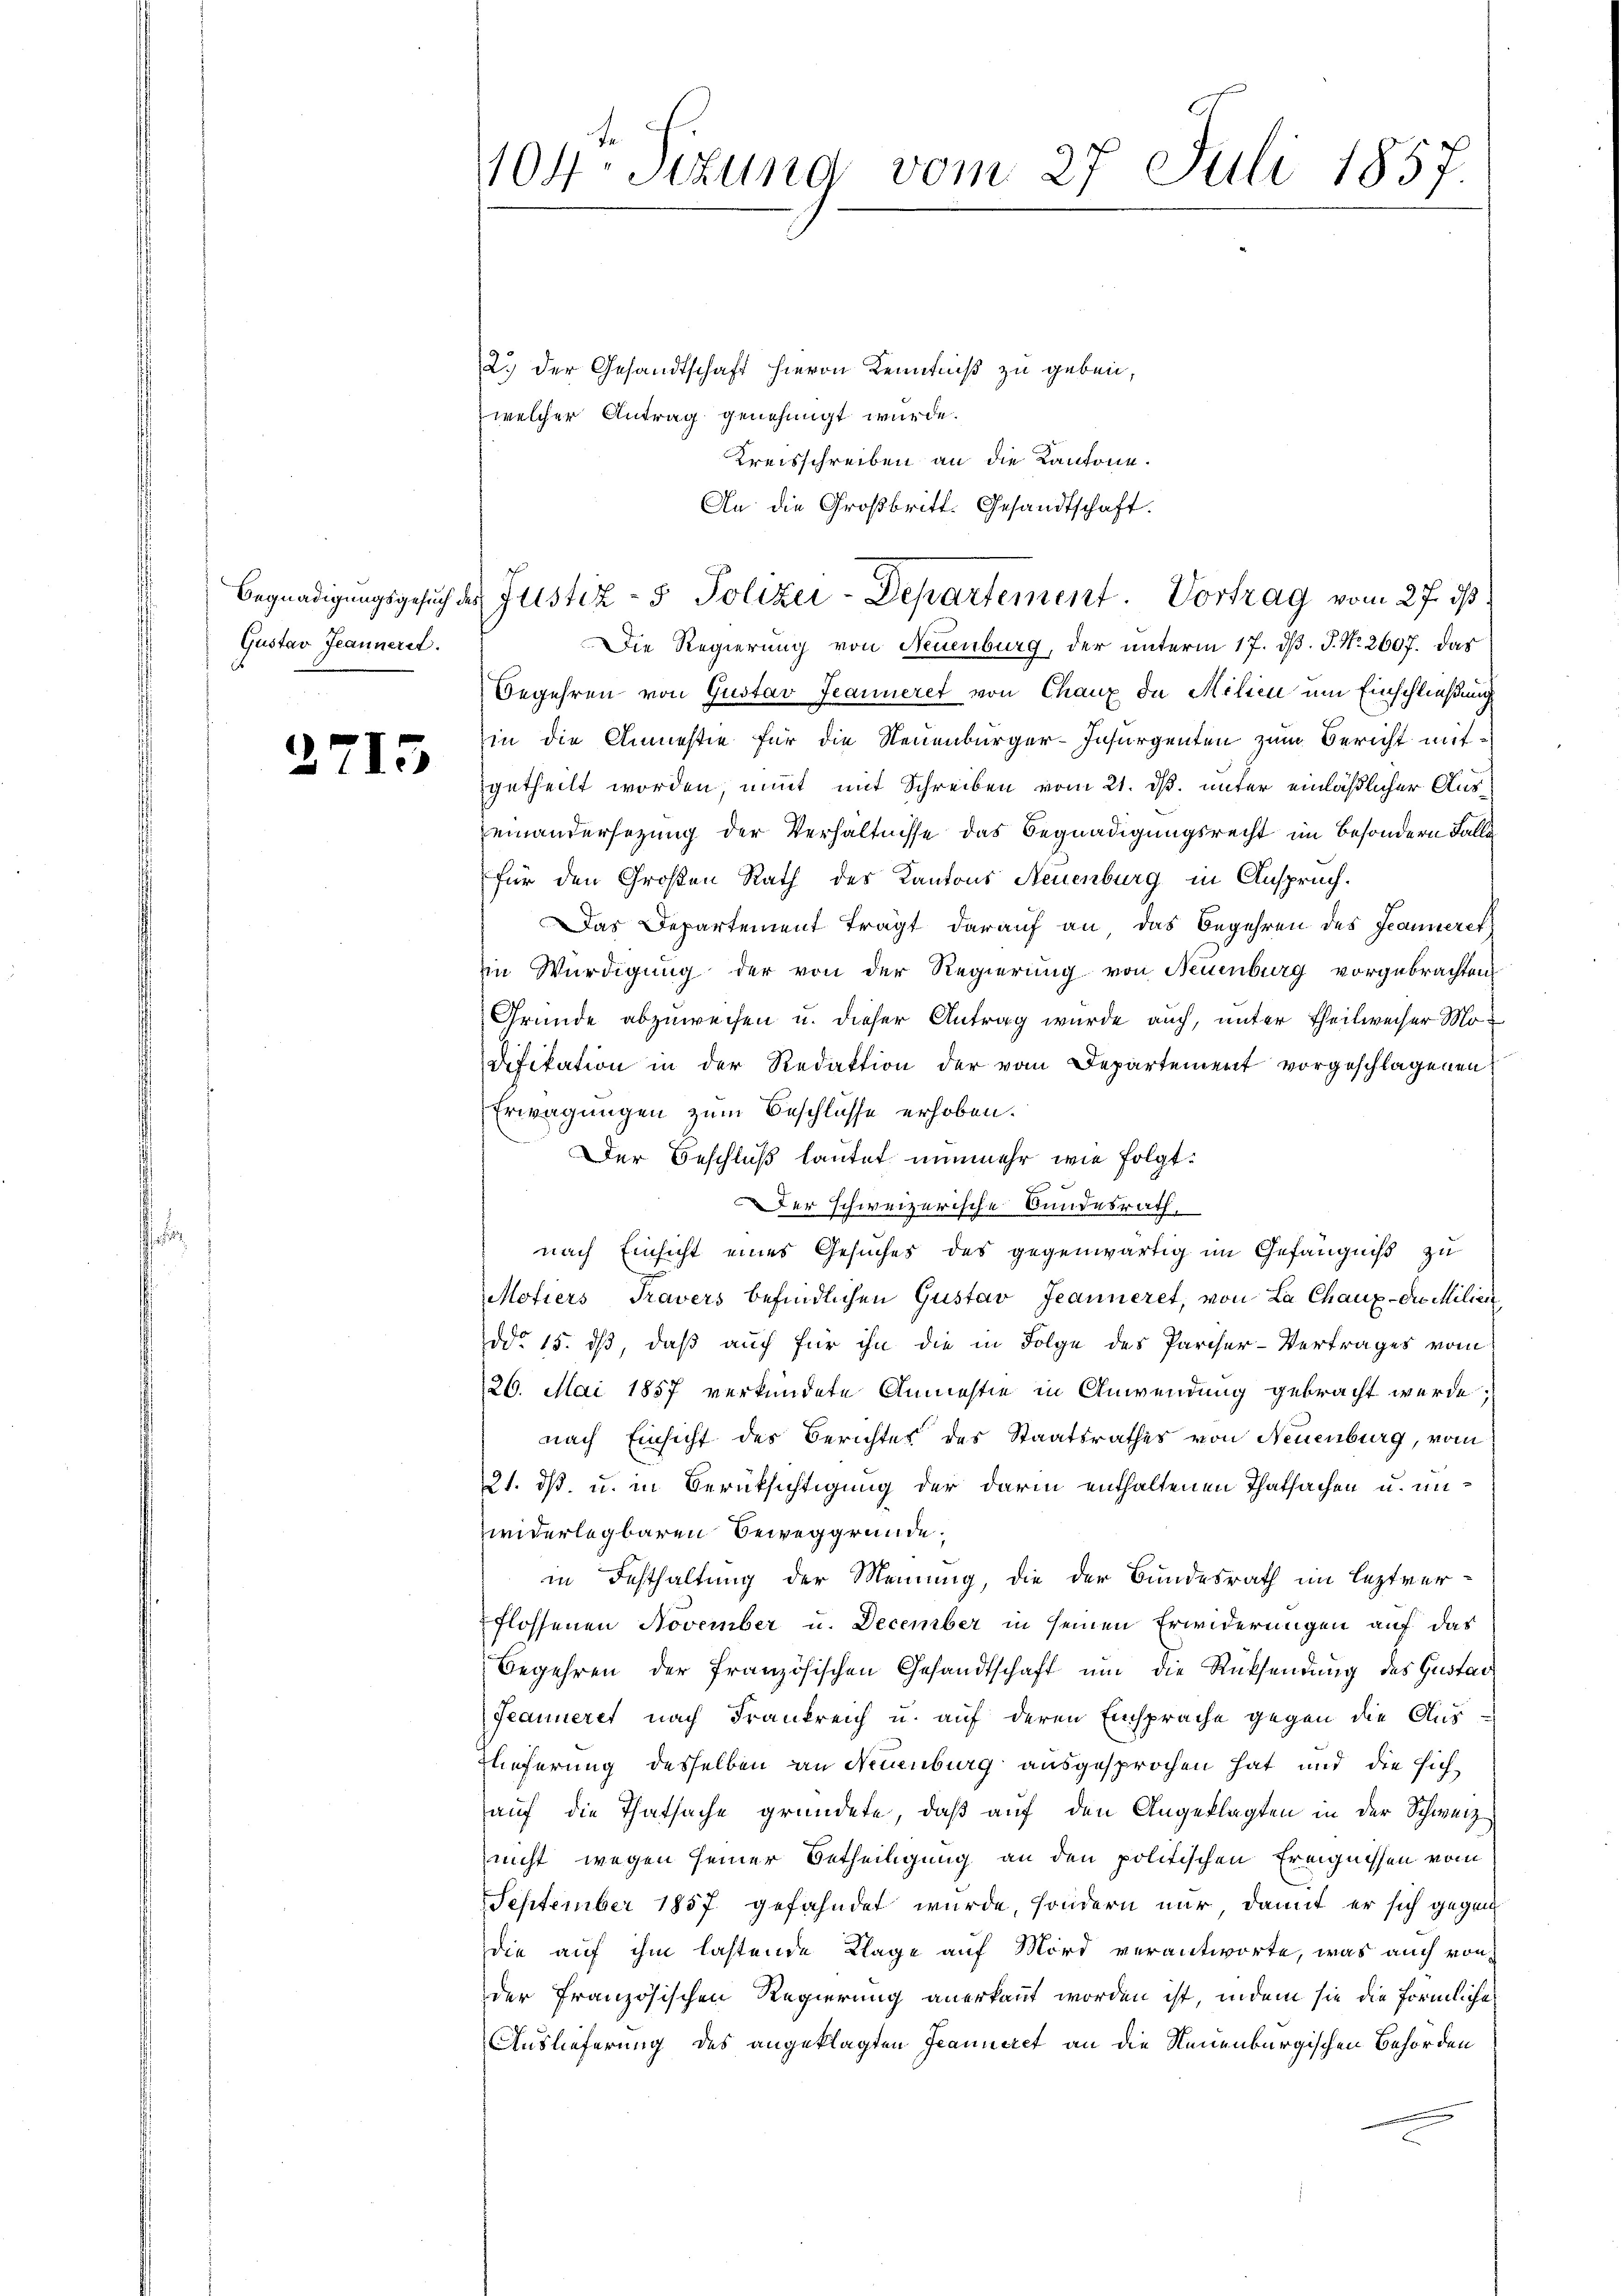
Gustav Jeannerel.

2

15

104: Sizung vom 27. Juli 1857.

2.) Der Gesandtschaft hievon Kenntniß zu geben,
welcher Antrag genehmigt wurde.
Kreisschreiben an die Kantone.
An die Großbritt. Gesandtschaft.

Begnadigungsgesuch des Justiz- & Polizei-Departement. Vortrag vom 27. ds

Die Regierung von Neuenburg, der unterm 17. d. J. No. 2607. Das
Begehren von Gustav Jeanneret von Chaux de Milien um Einschließung
in die Amnestie für die Neuenburger-Insurgenten zum Bericht mitgetheilt worden, nimmt mit Schreiben vom 21. dß. unter einläßlicher Auseinandersezung der Verhältnisse das Begnadigungsrecht im Besondern Falle
für den Großen Rath des Kantons Neuenburg in Anspruch.
Das Departement tragt darauf an, das Begehren des Jeanneret
iin Würdigung der von der Regierung von Neuenburg vorgebrachten
Gründe abzuweisen u. dieser Antrag wurde auch, unter Theilweiser Mo¬
Difikation in der Redaktion der vom Departement vorgeschlagenen
Erwägungen zum Beschlüsse erhoben.
Der Beschluß lautet nunmehr wie folgt:
er schweizerische Bundesrath,
nach Einsicht eines Gesuches des gegenwärtig im Gefängniß zu
Motiers Travers befindlichen Gustav Jeanneret, von La Chaux-die Milien,
ddo 15. ds, daß auch für ihn die in Folge des Pariser-Vertrages vom
26. Mai 1857 verkündete Anmastie in Anwendung gebracht werde;
nach Einsicht des Berichtes des Staatsrathes von Neuenburg, vom
21. dß u. in Berücksichtigung der darin enthaltenen Thatsachen u. unwiderlegbaren Beweggründe;
in Festhaltung der Meinung, die der Bundesrath im leztverflossenen November u. December in seinen Erwiderungen auf das
Begehren der französischen Gesandtschaft ŭm die Rücksendung des Gustav
Feanneret nach Frankreich u. auf deren Einsprache gegen die Aus¬
Wieferung desselben an Neuenburg ausgesprochen hat und die sich
auf die Thatsache gründete, daß auf den Angeklagten in der Schweiz
nicht wegen seiner Betheiligung an den politischen Ereignissen vom
September 1857 gefahndet wurde, sondern nur, damit er sich gegen
die auf ihm lastende Klage auf Mord verantworte, was auch von
der französischen Regierung anerkannt worden ist, indem sie die förmliche
Auslieferung des angeklagten Jeanneret an die Neuenburgischen Behörden